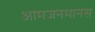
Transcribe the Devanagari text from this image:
आमजनमानस